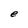
Character: e